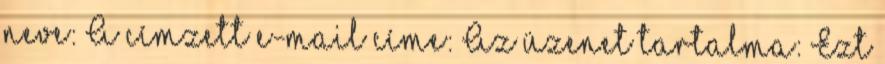
neve: A címzett e-mail címe: Az üzenet tartalma: Ezt